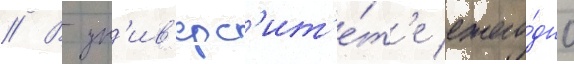
// В ун'ив'ерс'ит'е́т'е ежего́дно